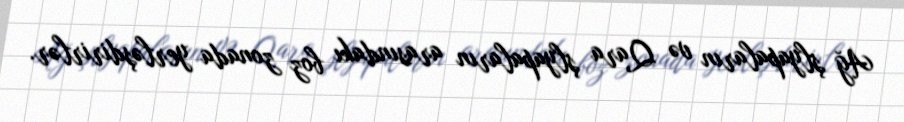
Ağ şlyapaların və Qara şlyapaların arasındakı boz zonada yerləşdirirlər.